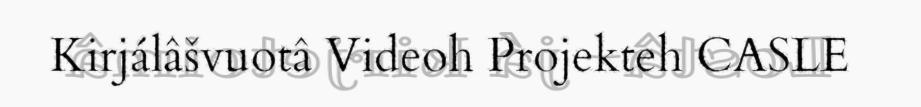
Kirjálâšvuotâ Videoh Projekteh CASLE